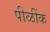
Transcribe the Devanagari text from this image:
पीळींक